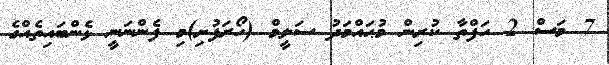
7 މަސް 2 ހަފްތާ ކުރިން މުޙައްމަދު ސަލީމް (ހޯރަފުށި)މި ފެންނަނީ ޅެންބައިތެއްގެ